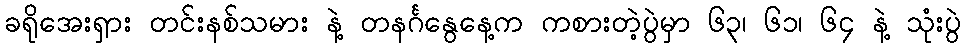
ခရိုအေးရှား တင်းနစ်သမား နဲ့ တနင်္ဂနွေနေ့က ကစားတဲ့ပွဲမှာ ၆၃၊ ၆၁၊ ၆၄ နဲ့ သုံးပွဲ